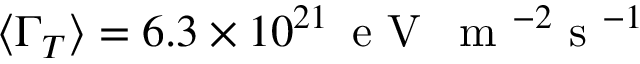
\ensuremath { \langle \Gamma _ { T } \rangle } = 6 . 3 \times 1 0 ^ { 2 1 } \, \mathrm { ~ e ~ V ~ } \, \mathrm { ~ m ~ } ^ { - 2 } \mathrm { ~ s ~ } ^ { - 1 }